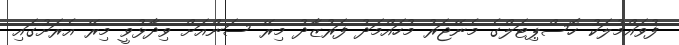
ފުވައްމުލަކު ހޮސްޕިޓަލްގެ މެނޭޖަރު މުހައްމަދު ފަރުޒާދު މިރޭ ސަންއަށް ވިދާޅުވީ މިރޭ އެރަށުގައި